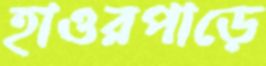
হাওরপাড়ে